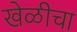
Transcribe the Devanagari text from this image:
खेळीचा